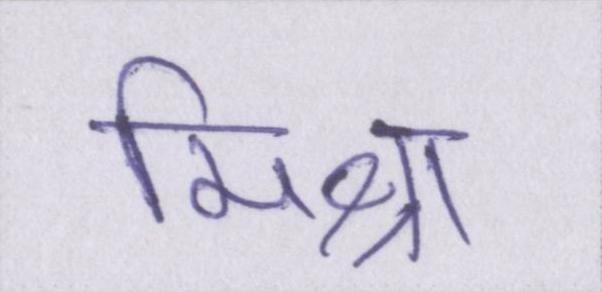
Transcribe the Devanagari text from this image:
मिश्रा